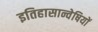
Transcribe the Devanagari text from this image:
इतिहासान्वेषियों